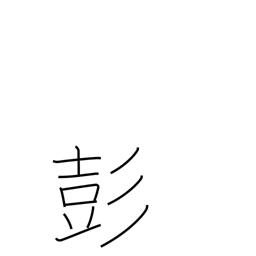
Meaning: sound of drum